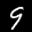
Label: 9